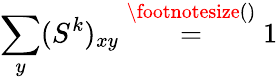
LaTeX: \sum_{y}(S^{k})_{xy}\overset{\footnotesize()}{=}1